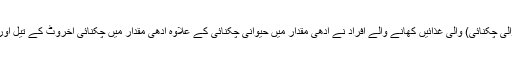
زیادہ غیرسیر شدہ چکنائی (جمنے والی چکنائی) والی غذائیں کھانے والے افراد نے آدھی مقدار میں حیوانی چکنائی کے علاوہ آدھی مقدار میں چکنائی اخروٹ کے تیل اور اس کی گری سے بھی حاصل کی۔